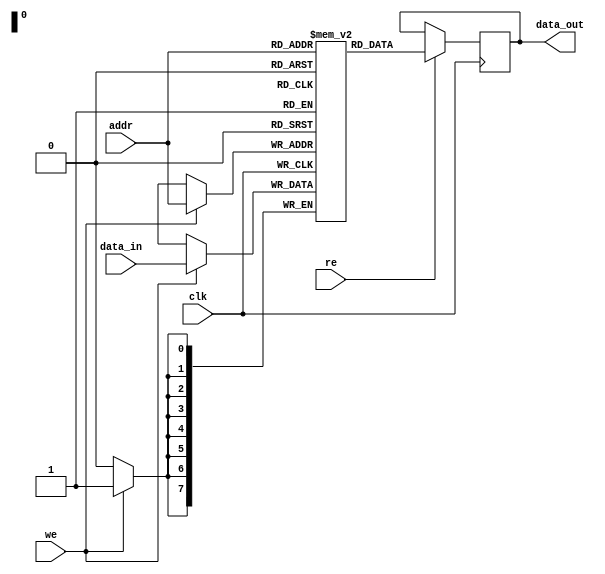
module memory_block(
    input wire clk,
    input wire [7:0] addr,
    input wire we,
    input wire re,
    input wire [7:0] data_in,
    output reg [7:0] data_out
);

reg [7:0] memory [0:255];

always @(posedge clk) begin
    if (we) begin
        memory[addr] <= data_in;
    end
    
    if (re) begin
        data_out <= memory[addr];
    end
end

endmodule